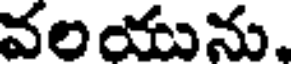
వలయును,